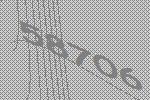
58706